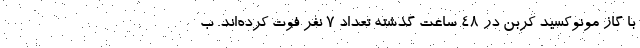
با گاز مونوکسید کربن در ۴۸ ساعت گذشته تعداد ۷ نفر فوت کرده‌اند. ب